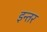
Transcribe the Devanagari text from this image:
इन्तर